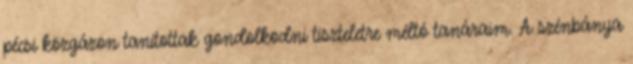
pécsi közgázon tanítottak gondolkodni tiszteletre méltó tanáraim. A szénbánya